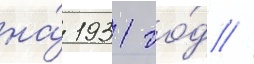
на́ 1931 го́д //